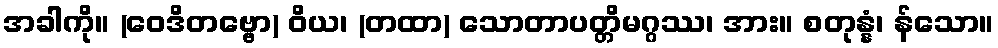
အခါကို။ (ဝေဒိတဗ္ဗော) ဝိယ၊ (တထာ) သောတာပတ္တိမဂ္ဂဿ၊ အား။ စတုန္နံ၊ န်သော။